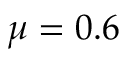
\mu = 0 . 6